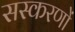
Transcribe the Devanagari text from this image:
सस्करणों